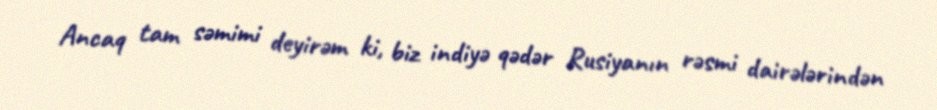
Ancaq tam səmimi deyirəm ki, biz indiyə qədər Rusiyanın rəsmi dairələrindən